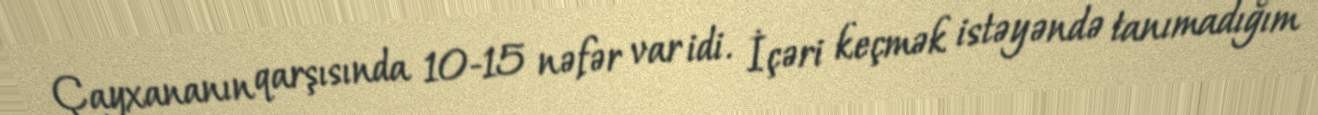
Çayxananın qarşısında 10-15 nəfər var idi. İçəri keçmək istəyəndə tanımadığım